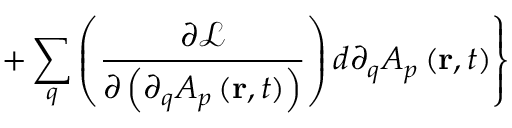
\left. + \sum _ { q } \left( \frac { \partial \mathcal { L } } { \partial \left( \partial _ { q } A _ { p } \left( \mathbf { r } , t \right) \right) } \right) d \partial _ { q } A _ { p } \left( \mathbf { r } , t \right) \right\}